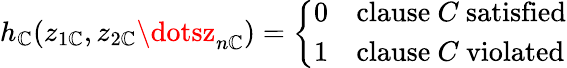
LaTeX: h_{\mathbb{C}}(z_{1\mathbb{C}},z_{2\mathbb{C}}\dotsz_{n\mathbb{C}})={\left\{ \begin{array}{ll}{0}&{{\mathrm{clause~}}C{\mathrm{~satisfied}}}\\ {1}&{{\mathrm{clause~}}C{\mathrm{~violated}}}\end{array}\right.}